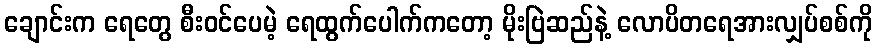
ချောင်းက ရေတွေ စီးဝင်ပေမဲ့ ရေထွက်ပေါက်ကတော့ မိုးဗြဲဆည်နဲ့ လောပိတရေအားလျှပ်စစ်ကို